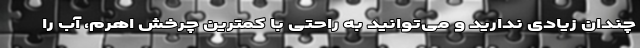
چندان زیادی ندارید و می‌توانید به راحتی با کمترین چرخش اهرم، آب را